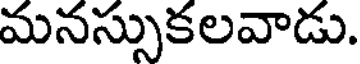
మనస్సుకలవాడు.